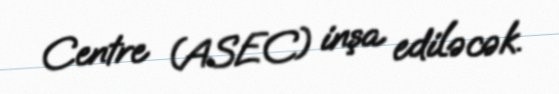
Centre (ASEC) inşa ediləcək.